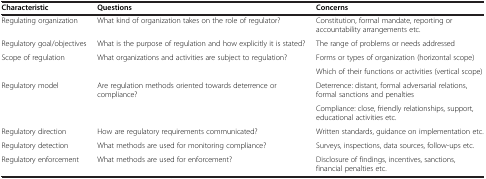
| Characteristic | Questions | Concerns |
 | --- | --- | --- |
 | Regulating organization | What kind of organization takes on the role of regulator? | Constitution, formal mandate, reporting or accountability arrangements etc. |
 | Regulatory goal/objectives | What is the purpose of regulation and how explicitly it is stated? | The range of problems or needs addressed |
 | <ROWSPAN=2> Scope of regulation | <ROWSPAN=2> What organizations and activities are subject to regulation? | Forms or types of organization (horizontal scope) |
 | Which of their functions or activities (vertical scope) |
 | <ROWSPAN=2> Regulatory model | <ROWSPAN=2> Are regulation methods oriented towards deterrence or compliance? | Deterrence: distant, formal adversarial relations, formal sanctions and penalties |
 | Compliance: close, friendly relationships, support, educational activities etc. |
 | Regulatory direction | How are regulatory requirements communicated? | Written standards, guidance on implementation etc. |
 | Regulatory detection | What methods are used for monitoring compliance? | Surveys, inspections, data sources, follow-ups etc. |
 | Regulatory enforcement | What methods are used for enforcement? | Disclosure of findings, incentives, sanctions, financial penalties etc. |